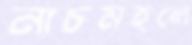
নাচমহলে